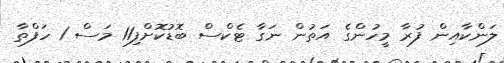
ލަންކާއިން ފުރާ މީހުންގެ އަތުން ނަގާ ޓެކްސް ބޮޑުކޮށްފި11 މަސް 1 ހަފްތާ